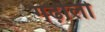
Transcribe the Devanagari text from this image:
गढ़ौली